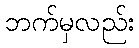
ဘက်မှလည်း